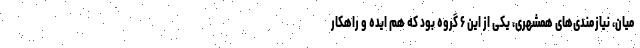
میان، نیازمندی‌های همشهری، یکی از این ۶ گروه بود که هم ایده و راهکار